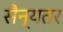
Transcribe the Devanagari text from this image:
सैन्यतर